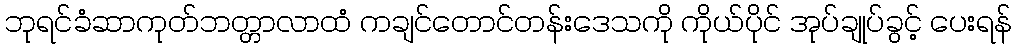
ဘုရင်ခံဆာကုတ်ဘတ္တာလာထံ ကချင်တောင်တန်းဒေသကို ကိုယ်ပိုင် အုပ်ချုပ်ခွင့် ပေးရန်